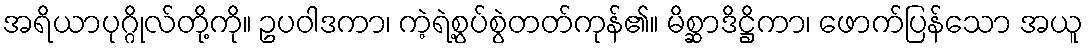
အရိယာပုဂ္ဂိုလ်တို့ကို။ ဥပဝါဒကာ၊ ကဲ့ရဲ့စွပ်စွဲတတ်ကုန်၏။ မိစ္ဆာဒိဋ္ဌိကာ၊ ဖောက်ပြန်သော အယူ